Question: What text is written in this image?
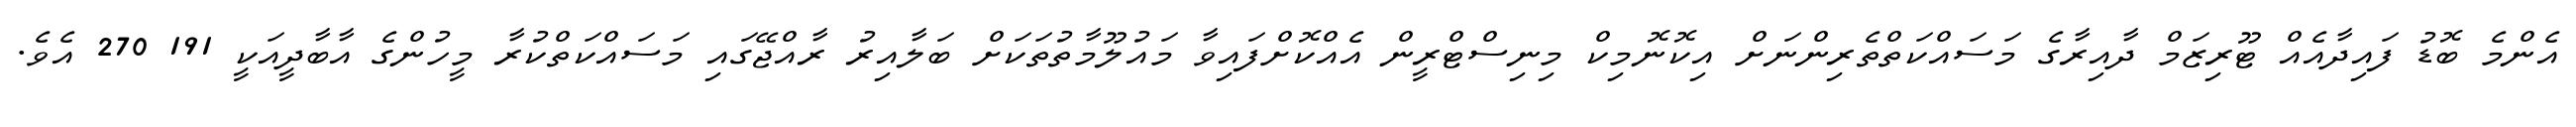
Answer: އެންމެ ބޮޑު ފައިދާއެއް ޓޫރިޒަމް ދާއިރާގެ މަސައްކަތްތެރިންނަށް އިކޮނޮމިކް މިނިސްޓްރީން އެއްކޮށްފައިވާ މައުލޫމާތުތަކަށް ބަލާއިރު ރާއްޖޭގައި މަސައްކަތްކުރާ މީހުންގެ އާބާދީއަކީ 191 270 އެވެ.